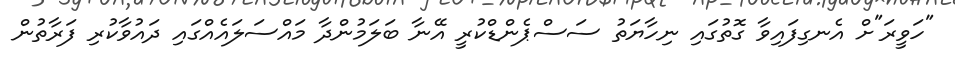
"ހަވީރަ"ށް އެނގިފައިވާ ގޮތުގައި ނިހާޔަތު ސަސްޕެންޑްކުރީ އޭނާ ބަލަމުންދާ މައްސަލައެއްގައި ދައުވާކުރި ފަރާތުން